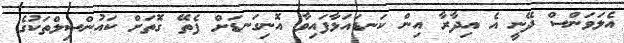
އެލަވަންސް ދޭނީ އެ އިދާރާ އިން ކަނޑައަޅާފައިވާ އޮނިގަނޑަށް ފެތޭ ގޮތަށް ކައުންސިލްތަކުގެ